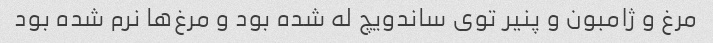
مرغ و ژامبون و پنیر توی ساندویچ له شده بود و مرغ‌ها نرم شده بود